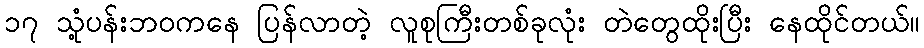
၁၇ သုံ့ပန်းဘဝကနေ ပြန်လာတဲ့ လူစုကြီးတစ်ခုလုံး တဲတွေထိုးပြီး နေထိုင်တယ်။